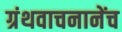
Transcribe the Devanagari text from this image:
ग्रंथवाचनानेंच